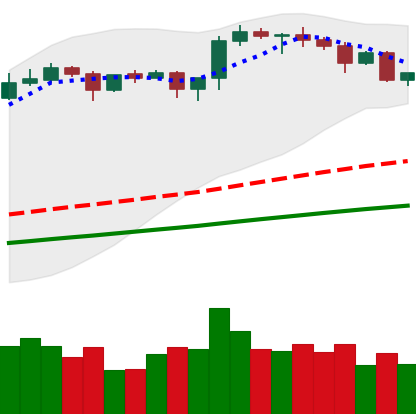
Ticker: ETH-USD
Chart end date: 2020-08-22
Forward return: -3.335%
Label: down_3_5